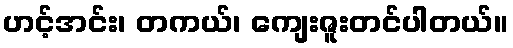
ဟင့်အင်း၊ တကယ်၊ ကျေးဇူးတင်ပါတယ်။